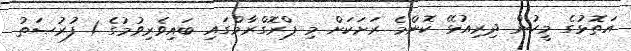
އަތޮޅުގެ މީހުން ދިރިއުޅޭ ކޮންމެ ރަށަކަށް މި ޕްރޮގްރާމްގައި ބައިވެރިވުމުގެ 1 ފުރުޞަތު